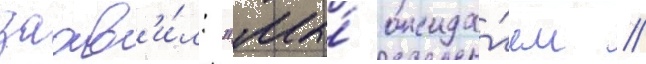
заав'и́л: "мы́ ожида́ем /